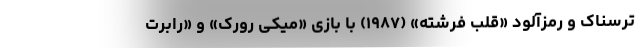
ترسناک و رمزآلود «قلب فرشته» (۱۹۸۷) با بازی «میکی رورک» و «رابرت